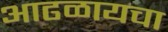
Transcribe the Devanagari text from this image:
आढळायचा